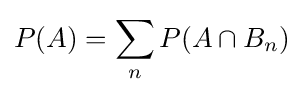
P(A)=\sum _{n}P(A\cap B_{n})